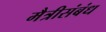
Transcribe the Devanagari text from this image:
मैत्रीसंबंध